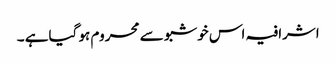
اشرافیہ اس خوشبو سے محروم ہو گیاہے ۔